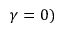
\gamma = 0 )